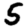
Digit: 5